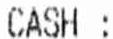
CASH :